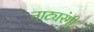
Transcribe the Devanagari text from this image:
नाट्यरंगी